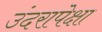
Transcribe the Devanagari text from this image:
उंदरापेक्षा